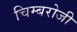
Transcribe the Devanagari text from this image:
चिम्बरोजी